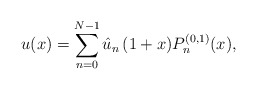
\begin{align*}u(x)=\sum_{n=0}^{N-1} \hat u_n\, (1+x)P_n^{(0,1)}(x),\end{align*}